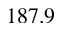
1 8 7 . 9